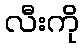
လီးကို